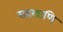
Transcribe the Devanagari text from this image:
सहस्त्राणि